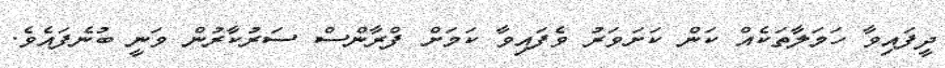
ދީފައިވާ ހަމަލާތަކެއް ކަން ކަށަވަރު ވެފައިވާ ކަމަށް ފްރާންސް ސަރުކާރުން ވަނީ ބުނެފައެވެ.